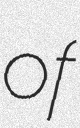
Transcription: of